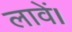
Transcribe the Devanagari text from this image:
लावें।